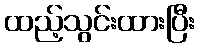
ထည့်သွင်းထားပြီး